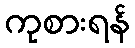
ကုစားရန်